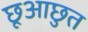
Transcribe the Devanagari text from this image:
छूआछुत